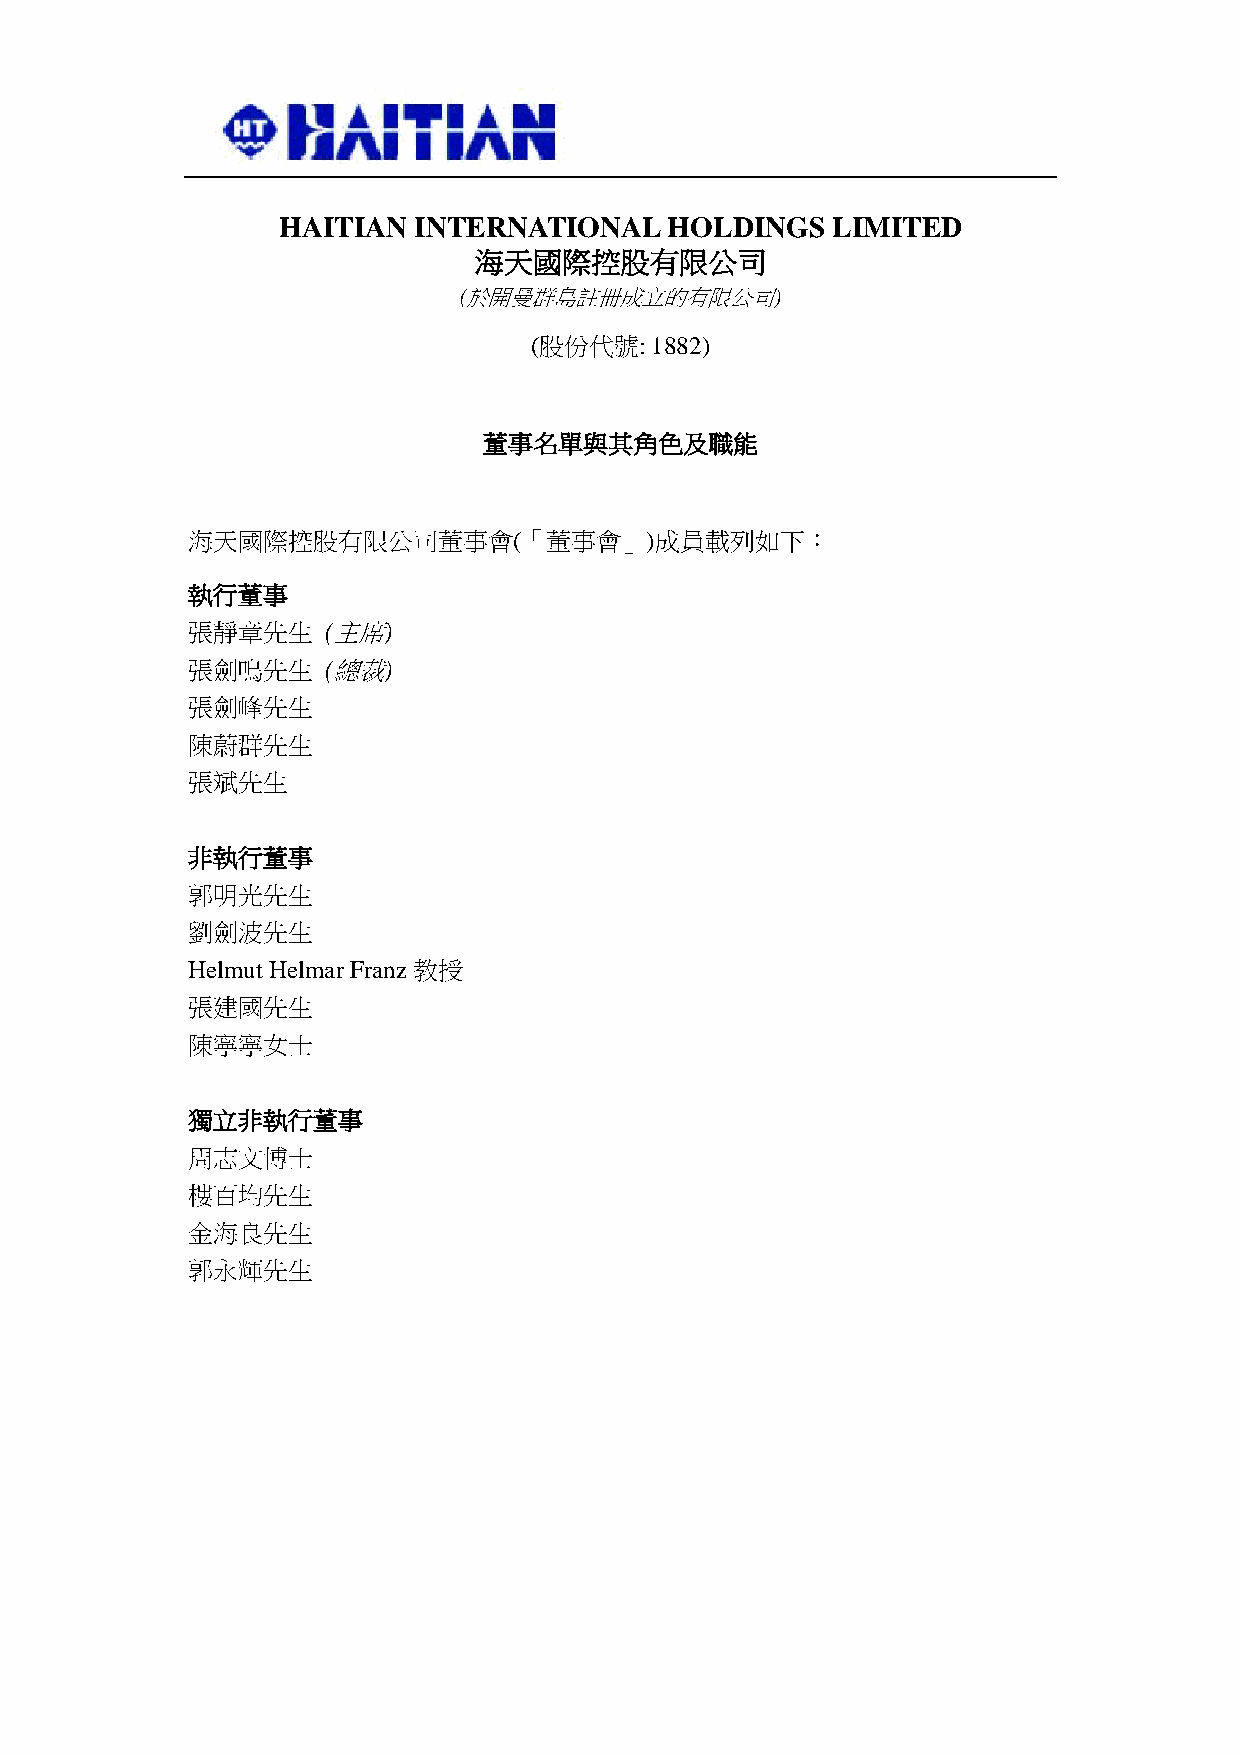
HAITIAN  INTERNATIONAL    HOLDINGS   LIMITED
 海天國際控股有限公司
 (於開曼群島註冊成立的有限公司)
 (股份代號:  1882)
 董事名單與其角色及職能
 海天國際控股有限公司董事會(「董事會」)成員載列如下：
 執行董事
 張靜章先生     (主席)
 張劍鳴先生     (總裁)
 張劍峰先生
 陳蔚群先生
 張斌先生
 非執行董事
 郭明光先生
 劉劍波先生
 Helmut Helmar Franz教授
 張建國先生
 陳寧寧女士
 獨立非執行董事
 周志文博士
 樓百均先生
 金海良先生
 郭永輝先生